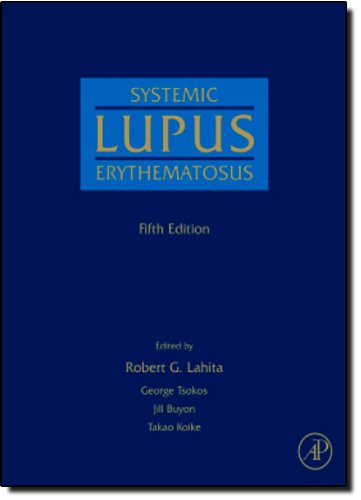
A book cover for Systemic Lupus Erythematosus, Fifth Edition; Health, Fitness & Dieting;